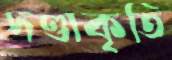
দণ্ডাকৃতি